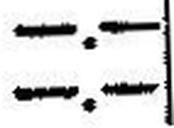
—.—